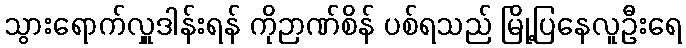
သွားရောက်လှူဒါန်းရန် ကိုဉာဏ်စိန် ပစ်ရသည် မြို့ပြနေလူဦးရေ